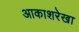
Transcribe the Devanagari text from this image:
आकाशरेखा